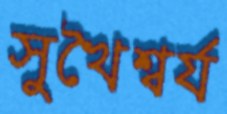
সুখৈশ্বর্য